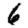
Digit: 6